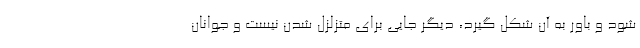
شود و باور به آن شکل گیرد، دیگر جایی برای متزلزل شدن نیست و جوانان